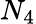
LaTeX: N_{4}